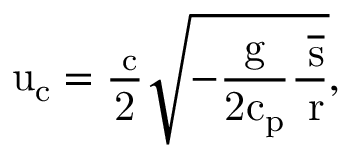
\mathrm { u _ { c } = \frac { \ell _ { c } } { 2 } \sqrt { - \frac { g } { 2 c _ { p } } \frac { \partial \overline { { s } } } { \partial r } } , }